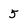
Character: 5